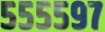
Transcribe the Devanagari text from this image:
५५५५९७